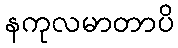
နကုလမာတာပိ